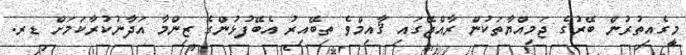
މީގެއިތުރުން ބޭރުގެ ޖަމިއްޔާތަކުން ރާއްޖޭގައި ޤާއިމްވެ ތިބޭއިރު އެބޭފުޅުންގެ ޒިންމާ އަދާނުކުރާކަމަށް ޑރ.